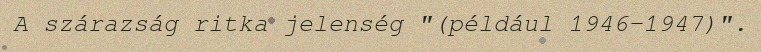
A szárazság ritka jelenség "(például 1946–1947)".